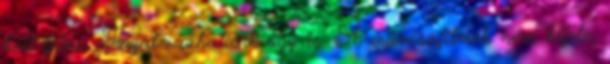
kell félni. -Fogalmazhatunk úgy is. A művészfilmek nem kifele,